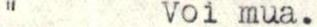
"       Voi mua.